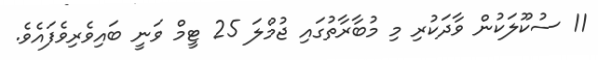
11 ސުކޫލަކުން ވާދަކުރި މި މުބާރާތުގައި ޖުމްލަ 25 ޓީމް ވަނީ ބައިވެރިވެފައެވެ.